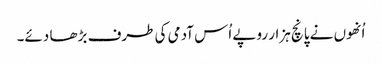
اُنھوں نے پانچ ہزار روپے اُس آدمی کی طرف بڑھا دئے۔